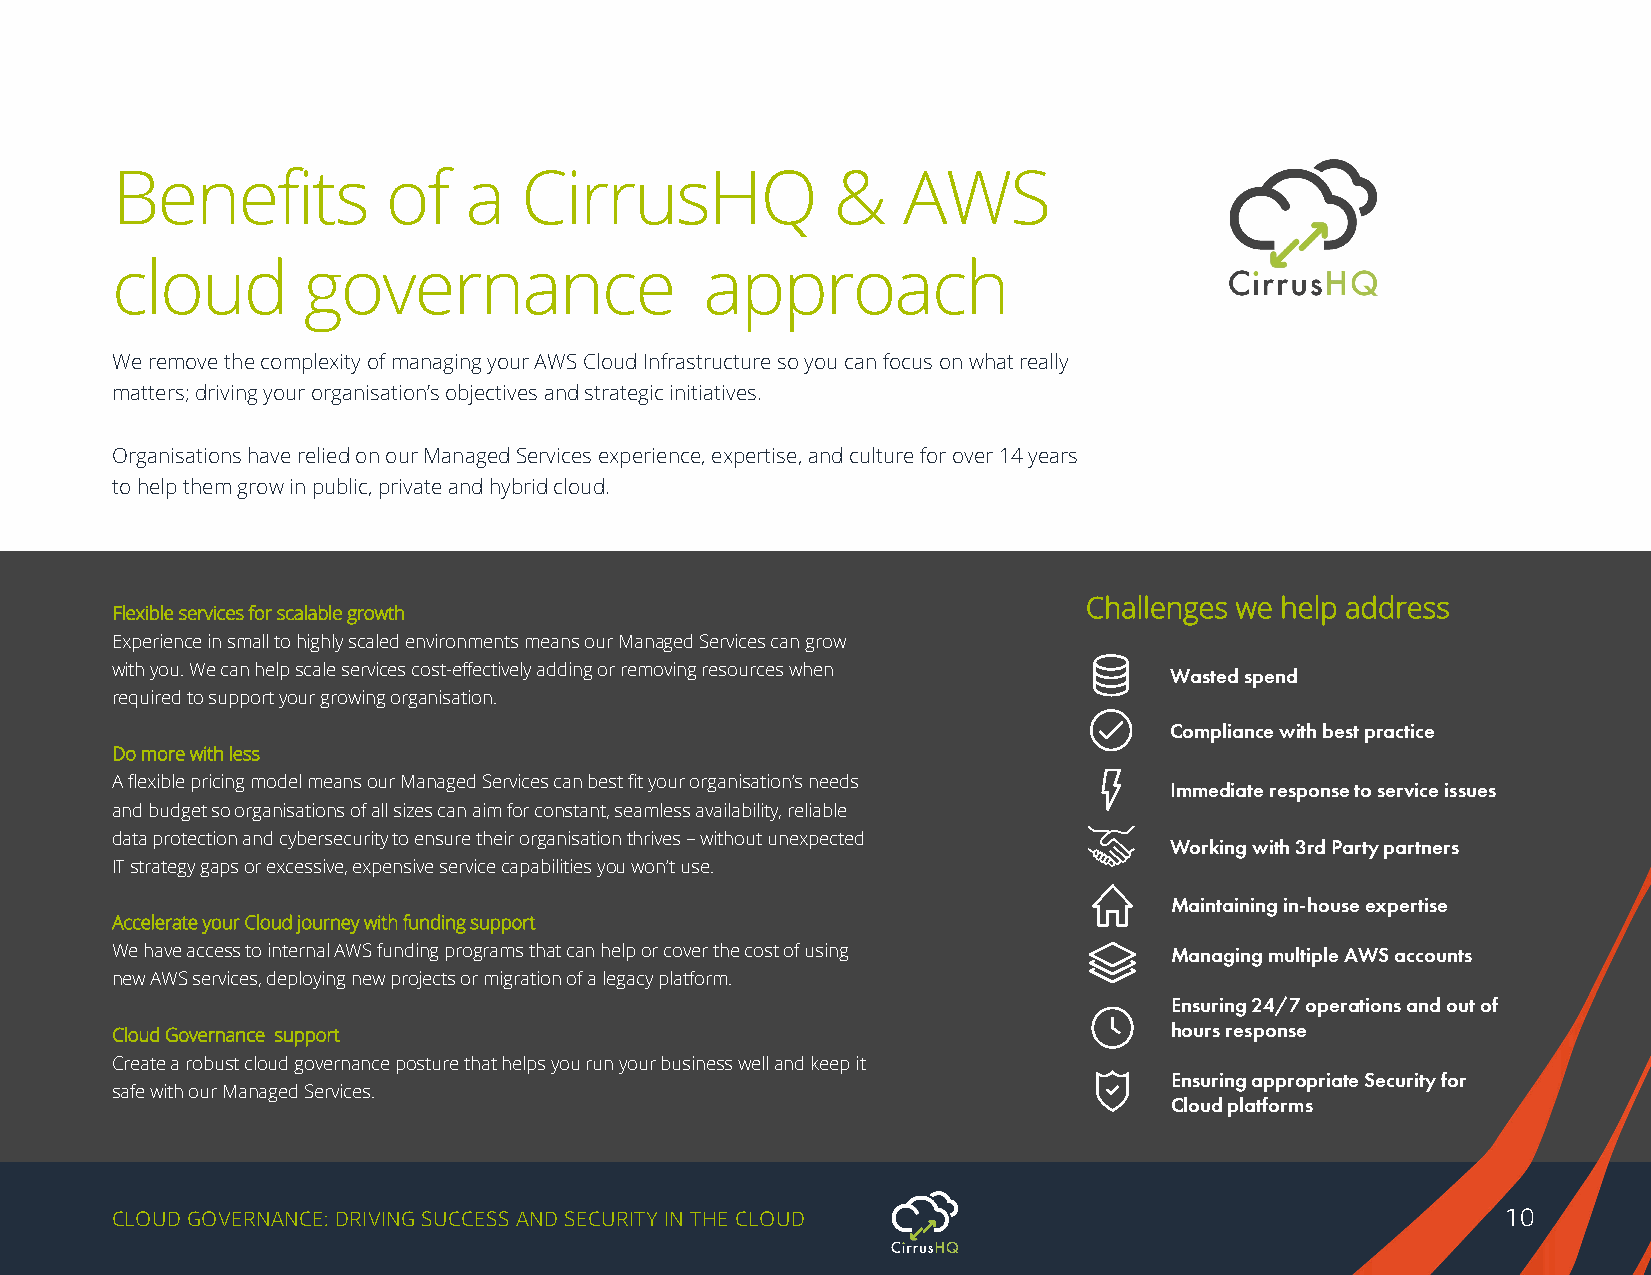
Benefits           of   a  CirrusHQ             &    AWS
 cloud        governance                 approach
 We remove the complexity of managing your AWS Cloud Infrastructure so you can focus on what really
 matters; driving your organisation’s objectives and strategic initiatives.
 Organisations have relied on our Managed Services experience, expertise, and culture for over 14 years
 to help them grow in public, private and hybrid cloud.
 Challenges we help address
 Flexible services for scalable growth
 Experience in small to highly scaled environments means our Managed Services can grow
 with you. We can help scale services cost-effectively adding or removing resources when Wasted spend
 required to support your growing organisation.
 Compliance with best practice
 Do more with less
 A flexible pricing model means our Managed Services can best fit your organisation’s needs
 Immediate response to service issues
 and budget so organisations of all sizes can aim for constant, seamless availability, reliable
 data protection and cybersecurity to ensure their organisation thrives – without unexpected
 Working with 3rd Party partners
 IT strategy gaps or excessive, expensive service capabilities you won’t use.
 Maintaining in-house expertise
 Accelerate your Cloud journey with funding support
 We have access to internal AWS funding programs that can help or cover the cost of using Managing multiple AWS accounts
 new AWS services, deploying new projects or migration of a legacy platform.
 Ensuring 24/7 operations and out of
 Cloud Governance support                                              hours response
 Create a robust cloud governance posture that helps you run your business well and keep it
 Ensuring appropriate Security for
 safe with our Managed Services.
 Cloud platforms
 CLOUD GOVERNANCE: DRIVING SUCCESS AND SECURITY IN THE CLOUD                                  10